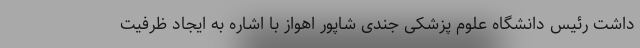
داشت رئیس دانشگاه علوم پزشکی جندی‌ شاپور اهواز با اشاره به ایجاد ظرفیت